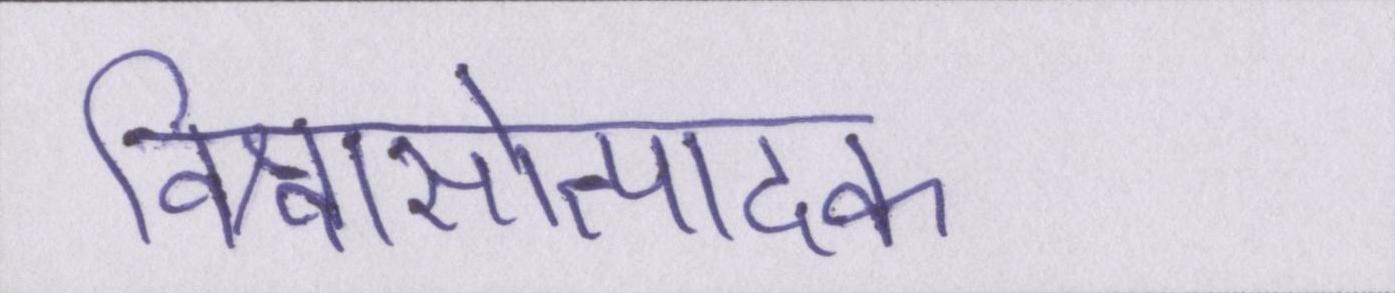
विश्वासोत्पादक